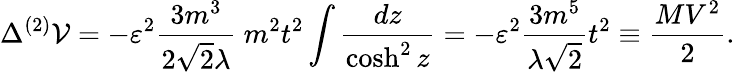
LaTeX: \Delta^{(2)}{\cal V}=-\varepsilon^{2}\frac{3m^{3}}{2{\sqrt{2}}\lambda}~m^{2}t^{2}\int\frac{dz}{\cosh^{2}z}=-\varepsilon^{2}\frac{3m^{5}}{\lambda{\sqrt 2}}t^{2}\equiv\frac{MV^{2}}{2}.